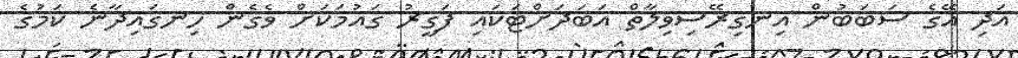
އަދި އޭގެ ސަބަބުން އިނގިރޭސިވިލާތް އަބަދަށްޓަކައި ފަގީރު ގައުމަކަށް ވެގެން ހިނގައިދާނެ ކަމުގެ